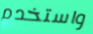
واستخدم